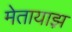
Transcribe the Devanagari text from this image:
मेतायाझ़